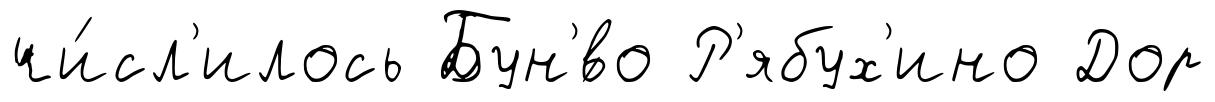
чи́сл'илось Бун'́во Р'ябух'ино Дор